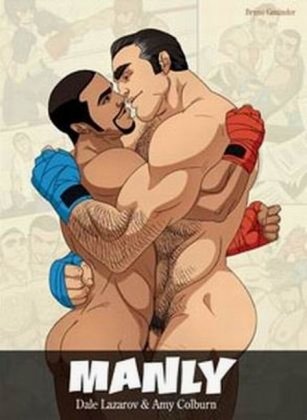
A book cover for Manly; Dale Lazarov; Comics & Graphic Novels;